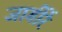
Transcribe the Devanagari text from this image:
जागींरें